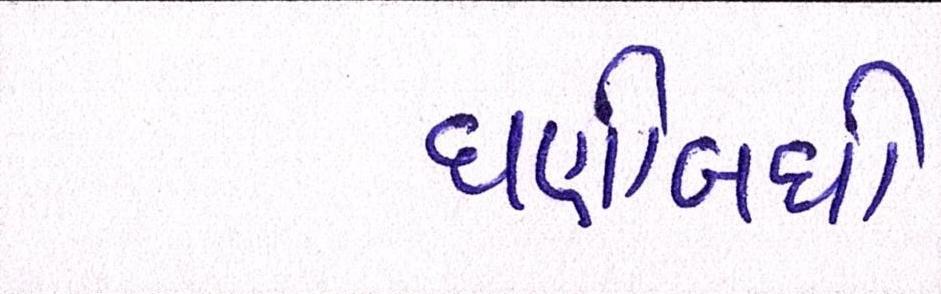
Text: ઘણીબધી